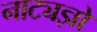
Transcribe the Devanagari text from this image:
नाट्यज्ञों